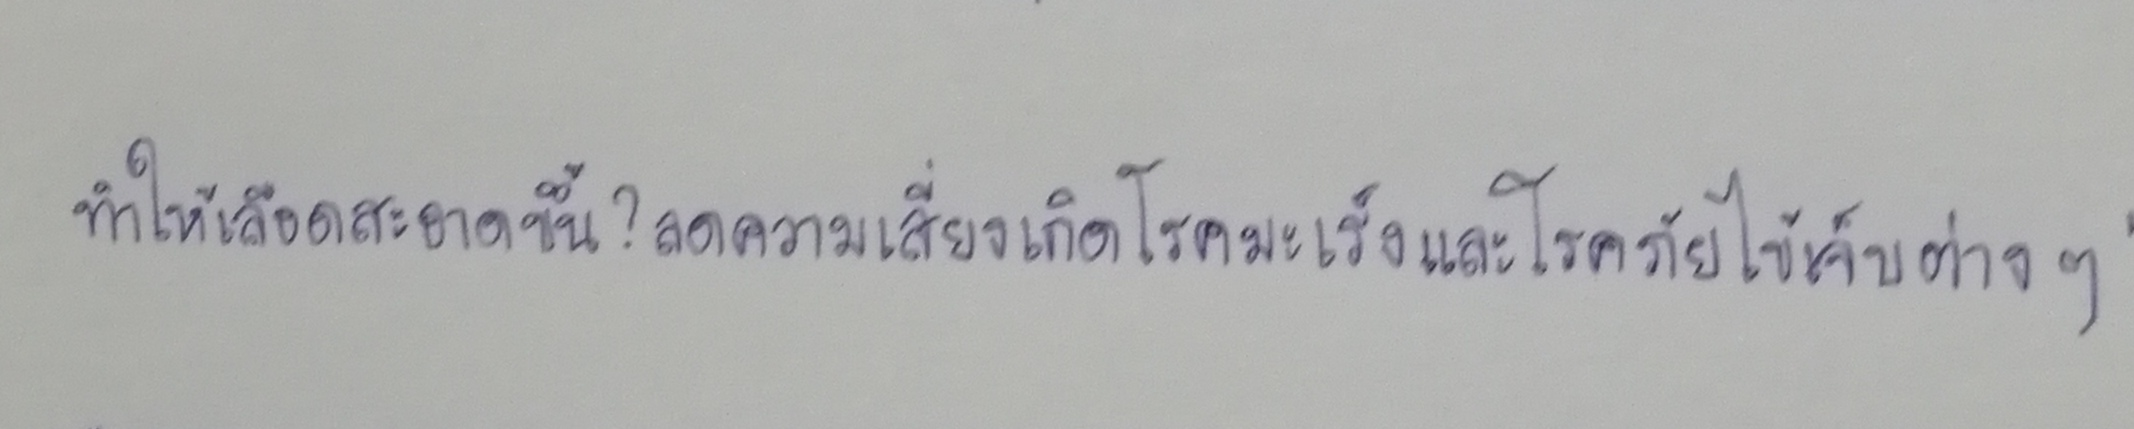
ทำให้เลือดสะอาดขึ้น?ลดความเสี่ยงการเกิดโรคมะเร็งและโรคภัยไข้เจ็บต่างๆ"